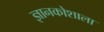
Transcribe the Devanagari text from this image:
ज्ञानकोशाला